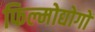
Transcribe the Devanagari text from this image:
फिल्मोद्योगों